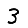
Digit: 3